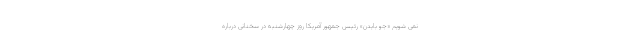
نمی شویم «جو بایدن» رئیس جمهور آمریکا روز چهارشنبه در سخنانی درباره